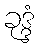
ခုဒ္ဒံ